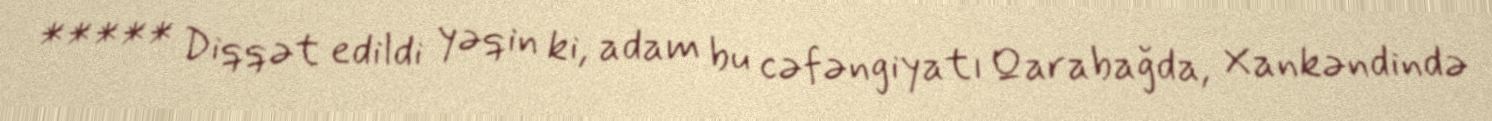
***** Diqqət edildi yəqin ki, adam bu cəfəngiyatı Qarabağda, Xankəndində